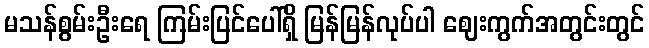
မသန်စွမ်းဦးရေ ကြမ်းပြင်ပေါ်ရှိ မြန်မြန်လုပ်ပါ ဈေးကွက်အတွင်းတွင်